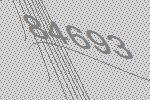
84693